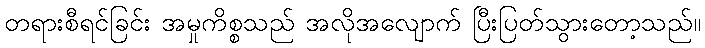
တရားစီရင်ခြင်း အမှုကိစ္စသည် အလိုအလျောက် ပြီးပြတ်သွားတော့သည်။